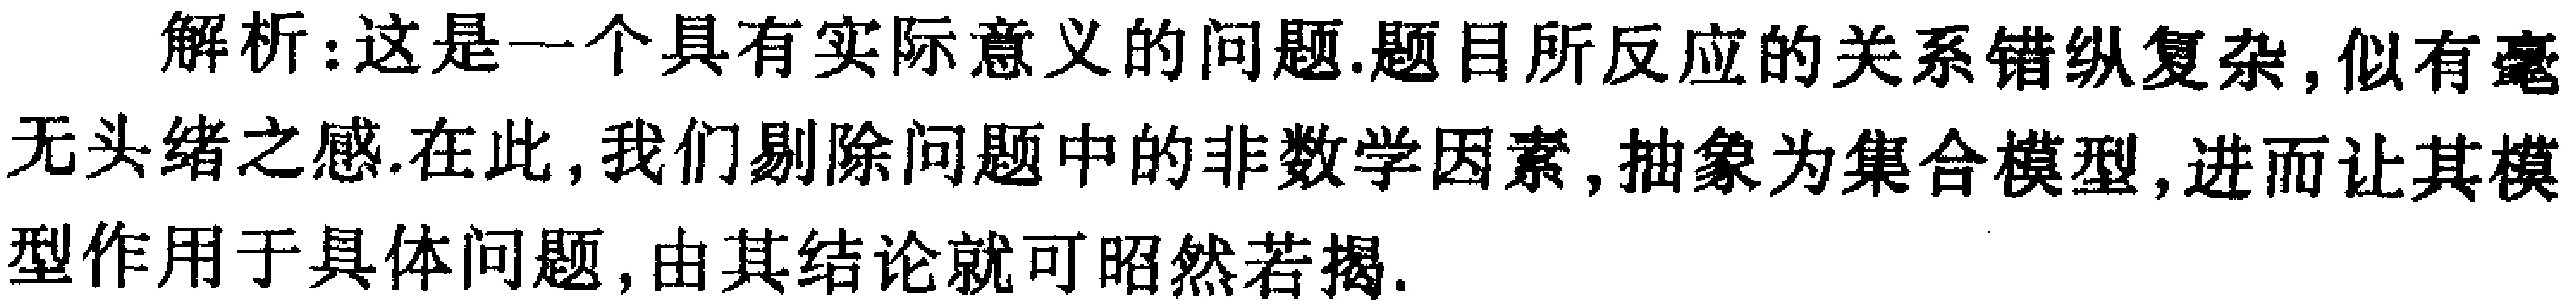
解析：这是一个具有实际意义的问题.题目所反应的关系错纵复杂,似有毫无头绪之感.在此,我们剔除问题中的非数学因素,抽象为集合模型,进而让其模型作用于具体问题,由其结论就可昭然若揭.